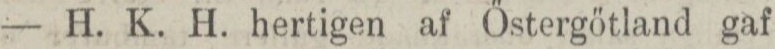
— H. K. H. hertigen af Östergötland gaf